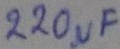
Text: 200µF